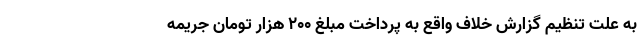
به علت تنظیم گزارش خلاف‌ واقع به پرداخت مبلغ ۲۰۰‌ هزار تومان جریمه